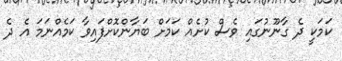
ކަމަކީ ދެ ގާނޫނުގައި ވެސް ކުށެއް ކަމަށް ބަޔާންކޮށްފައިވާ ކަމެއްނަމަ އެ ދެ